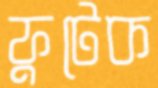
ফুটেক